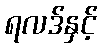
ရလဒ်နှင့်